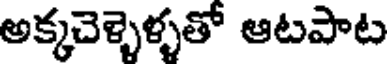
అక్కచెళ్ళెళ్ళతో ఆటపాట